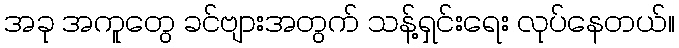
အခု အကူတွေ ခင်ဗျားအတွက် သန့်ရှင်းရေး လုပ်နေတယ်။